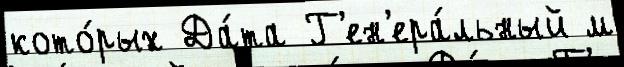
кото́рых Да́та Г'ен'ера́льный м